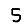
Digit: 5